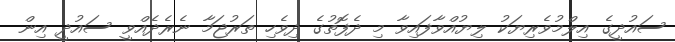
ސައުދީގެ އިލްމުވެރިޔަކު ލިޔުއްވާފައިވާ މި ދެފޮތުގެ ދިވެހި ތަރުޖަމާ ނެރެދެއްވީ ސައުދީ އިން